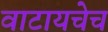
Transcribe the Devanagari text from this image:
वाटायचेच